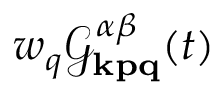
w _ { q } \mathcal { G } _ { \mathbf { k p q } } ^ { \alpha \beta } ( t )